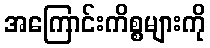
အကြောင်းကိစ္စများကို